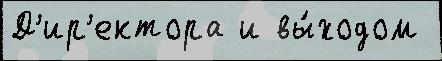
Д'ир'ектора и вы́ходом